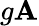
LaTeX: g\mathbf{A}